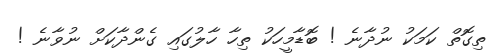
ތިގޮތް ކަމަކު ނުދާނެ ! ބޮޑާމީހަކު ތިހާ ހާލުގައި ގެންދާކަށް ނުވާނެ !